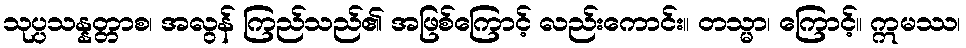
သုပ္ပသန္နတ္တာစ၊ အလွန် ကြည်သည်၏ အဖြစ်ကြောင့် လည်းကောင်း။ တသ္မာ၊ ကြောင့်။ ဣမဿ၊